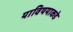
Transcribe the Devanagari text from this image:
याविषयाकडे